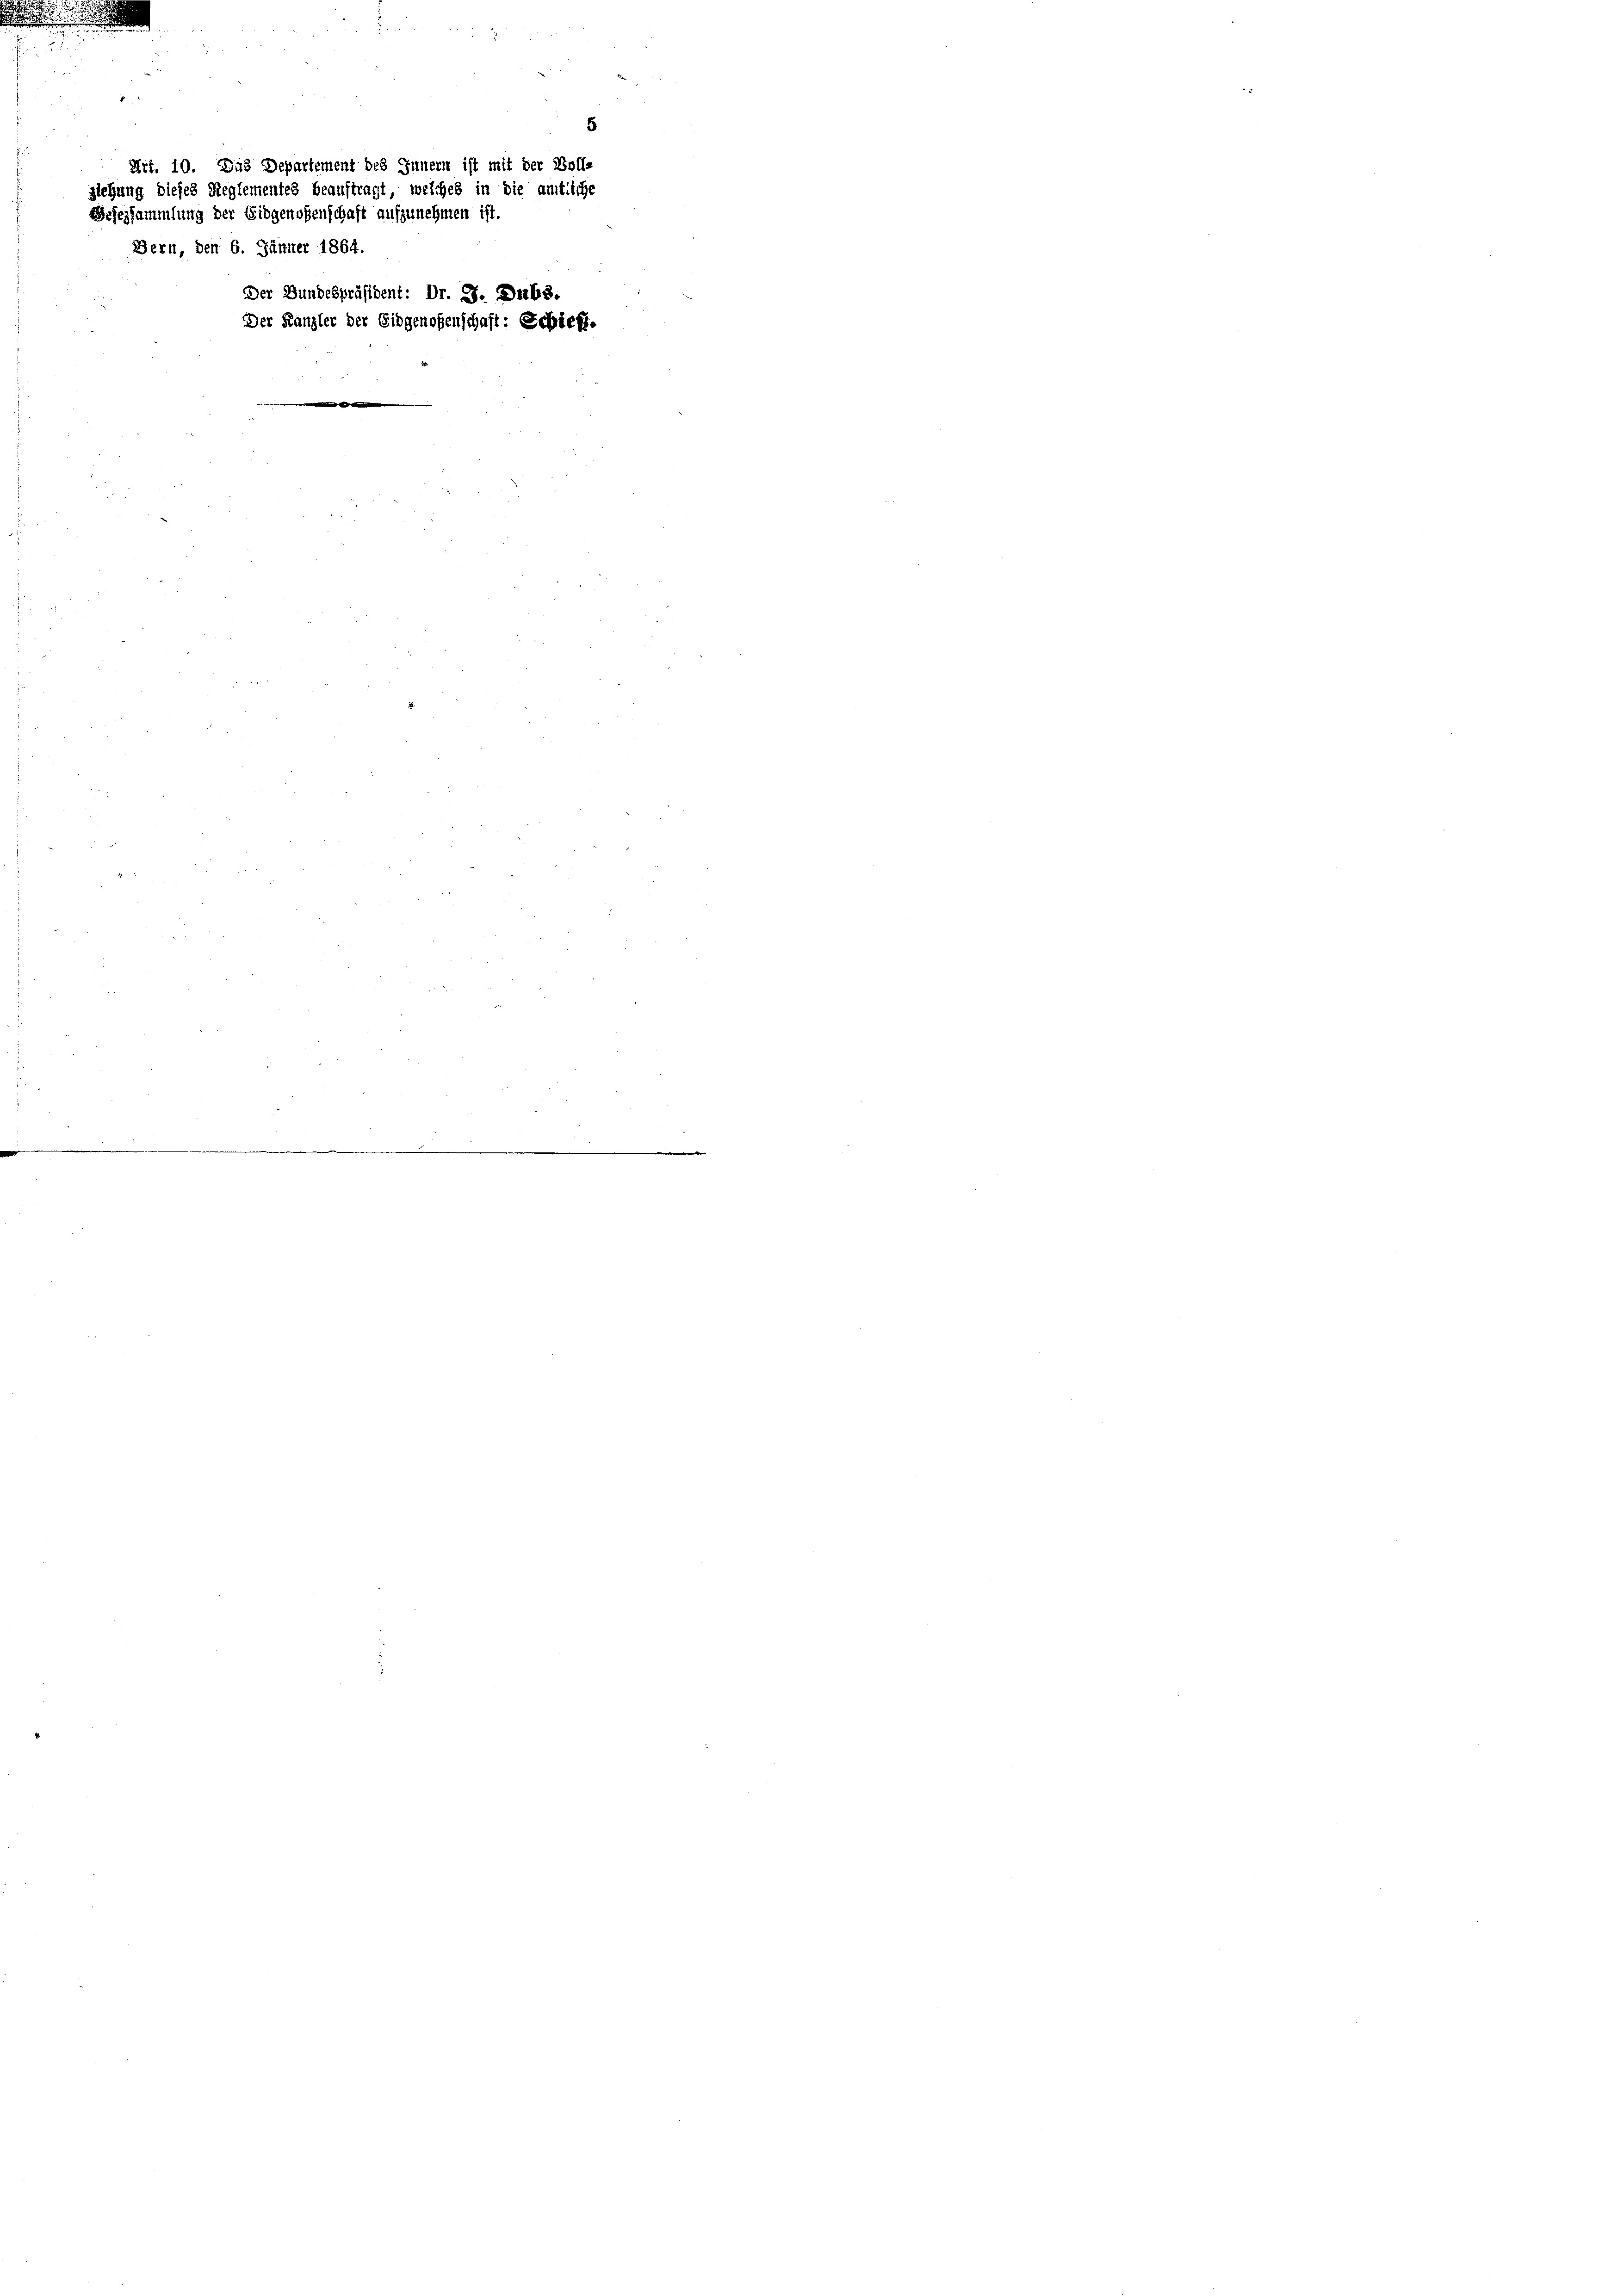
Der Bundespräsident: Dr. J. Dubs.
Der Kanzler der Eidgenoßenschaft: Schief.

Mit. 10. Das Departement des Innern ist mit der Boll-
ziehung dieses Reglementes beauftragt, welches in die amtliche
Erfezsammlung der Eidgenoßenschaft aufzunehmen ist
Bern, den 6. Jänner 1864.

5